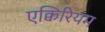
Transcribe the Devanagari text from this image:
एक्विरियम